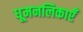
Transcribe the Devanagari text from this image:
धूमनलिकाएँ